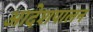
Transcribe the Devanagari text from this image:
आदेशपालन